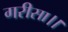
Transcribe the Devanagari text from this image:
गरीसा।।